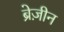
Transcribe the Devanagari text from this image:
ब्रेज़ीन